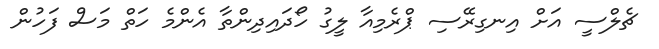
ޗެލްސީ އަށް އިނގިރޭސި ޕްރެމިއާ ލީގު ހޯދައިދިންތާ އެންމެ ހަތް މަސް ފަހުން